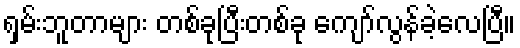
ရှမ်းဘူတာများ တစ်ခုပြီးတစ်ခု ကျော်လွန်ခဲ့လေပြီ။